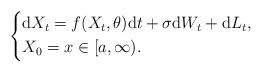
LaTeX: \begin{align*}\left\{\begin{aligned}&\mathrm{d}X_{t}=f(X_{t},\theta)\mathrm{d}t+\sigma\mathrm{d}W_{t}+\mathrm{d}L_{t},\\&X_{0}=x\in[a,\infty).\end{aligned}\right.\end{align*}